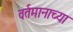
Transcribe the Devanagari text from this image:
वर्तमानाच्या